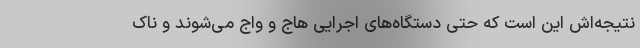
نتیجه‌اش این است که حتی دستگاه‌های اجرایی هاج و واج می‌شوند و ناک